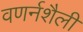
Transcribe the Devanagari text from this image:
वणर्नशैली